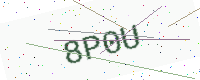
Text: 8P0U